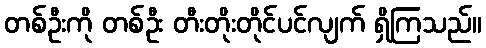
တစ်ဦးကို တစ်ဦး တီးတိုးတိုင်ပင်လျက် ရှိကြသည်။